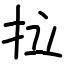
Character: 拉